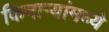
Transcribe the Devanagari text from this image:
किनाऱ्यांमध्ये